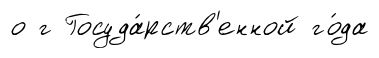
о г Госуда́рств'енной го́да